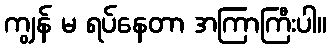
ကျွန် မ ရပ်နေတာ အကြာကြီးပါ။